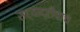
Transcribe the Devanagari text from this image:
सह्याद्रीचाच